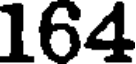
164